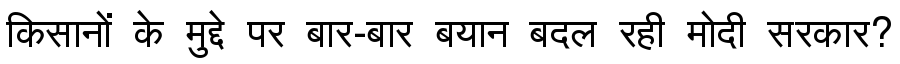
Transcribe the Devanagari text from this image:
किसानों के मुद्दे पर बार-बार बयान बदल रही मोदी सरकार?